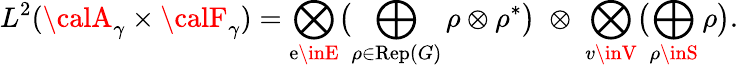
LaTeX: L^{2}({\calA}_{\gamma}\times{\calF}_{\gamma})=\bigotimes_{\mathrm{e}\inE}\bigl(\bigoplus_{\rho\in\mathrm{{R\mathrm{e}p}}(G)}\rho\otimes\rho^{*}\bigr)\; \otimes\; \bigotimes_{v\inV}\bigl(\bigoplus_{\rho\inS}\rho\bigr).